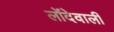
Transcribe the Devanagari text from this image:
लोंदेवाली